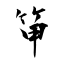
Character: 笚